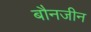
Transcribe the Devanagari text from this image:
बौनजीन